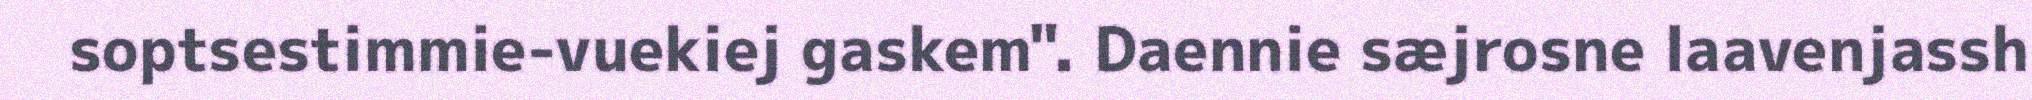
soptsestimmie-vuekiej gaskem". Daennie sæjrosne laavenjassh